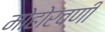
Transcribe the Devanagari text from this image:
मोहोरवणी